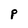
Character: P